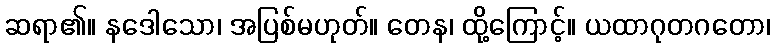
ဆရာ၏။ နဒေါသော၊ အပြစ်မဟုတ်။ တေန၊ ထို့ကြောင့်။ ယထာဂုတဂတော၊